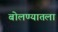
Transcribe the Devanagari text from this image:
बोलण्यातला